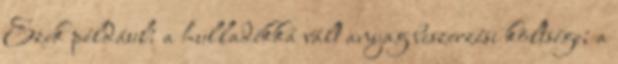
Ezek például: a hulladékká vált anyag beszerzési költsége; a